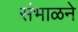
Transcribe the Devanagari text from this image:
संभाळने